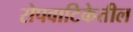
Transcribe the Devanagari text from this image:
रोपवाटिकेतील